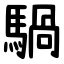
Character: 騧